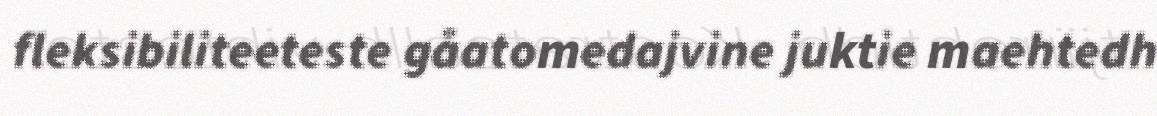
fleksibiliteeteste gåatomedajvine juktie maehtedh